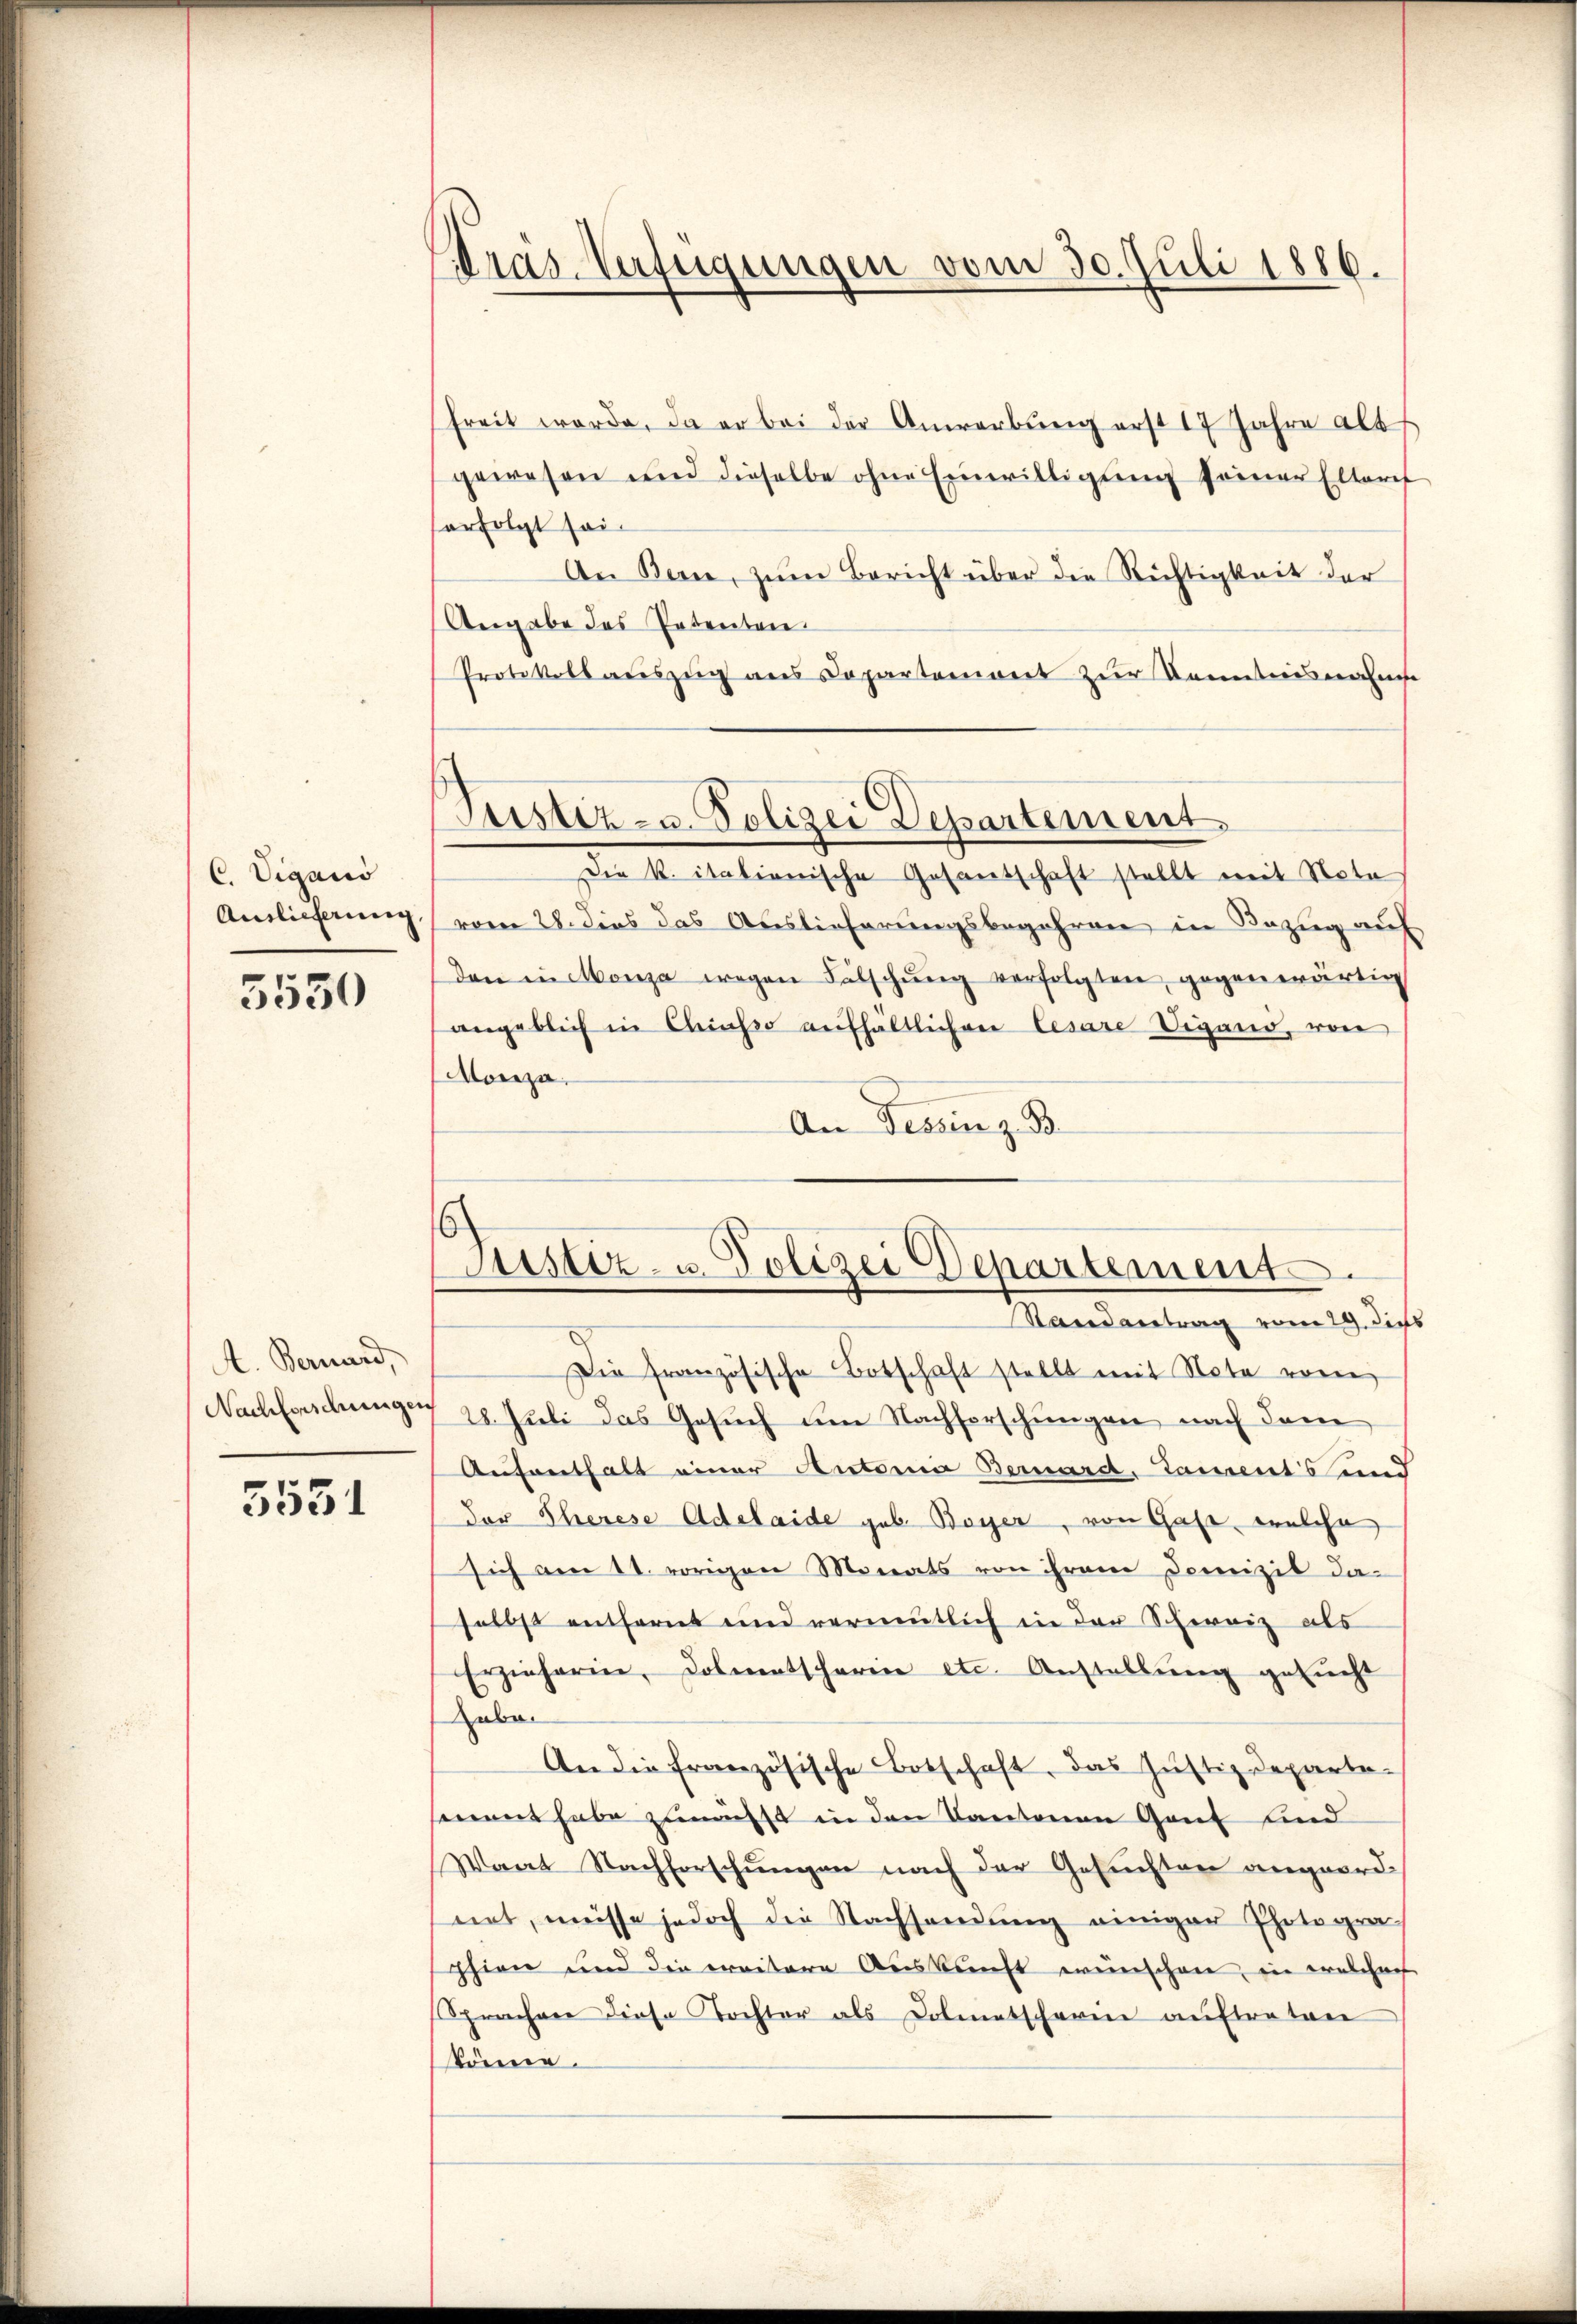
C. Vigano
Auslieferung

5550

A. Bernard,

5531

Pras-Verfügungen vom 30. Juli 1886.

freit werde, da er bei der Anwerbung erst 17 Jahre als
gewesen und dieselbe ohne Einwilligung seiner Elteres
orfolgt sei¬
An Bern, zŭm Bericht über die Richtigkeit der
Angabe des Patenten
Protokollauszug aus Departement zur Kenntnisnahmes
Justiz- u. Polizei Departement
Die K. itationische Gesantschaft stellt mit Nota
vom 28. dies das Auslieferungsbegehren in Bezug auf
den in Monja wegen Fälschŭng verfolgten, gegenwärtig
angeblich in Classo aufhältlichen Cesare Vigand, von
Monza.
An Tessin z. B.

Sistiz- u. Polizei Departement.
Randantrag vom 29. dies

Die französische Botschaft stellt mit Note vom
Nachforschungen 28. Juli das Gesuch um Nachforschungen nach dem
Aufenthalt einer Autoria Bernard, taments und
der Eherese Adelaide geb. Boyer, von Gast, welche
sich am 11. vorigen Monats von ihrem Domizil da-
selbst entfernt und vermutlich in der Schweiz als
Erzieherin, Dolmetscharine etc. Anstellung gesucht
Labe.
An die französische Botschaft, das Justizdepartesement habe zunässt in den Kantonen Gant sind
Waat Nachforschungen nach der Gesuchten angeordnet, müsse jedoch die Nachsendung einiger Photographien und die weitere Auskunft wünschen, in welchens
Sprachere diese Tochter als Dolmetscharin auftreten
könne.